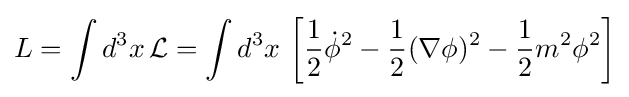
L=\int d^{3}x\,{\mathcal {L}}=\int d^{3}x\,\left[{\frac {1}{2}}{\dot {\phi }}^{2}-{\frac {1}{2}}(\nabla \phi )^{2}-{\frac {1}{2}}m^{2}\phi ^{2}\right]